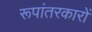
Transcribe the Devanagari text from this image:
रूपांतरकारों